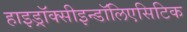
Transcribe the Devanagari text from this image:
हाइड्रॉक्सीइन्डॉलिएसिटिक